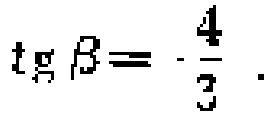
\(\operatorname{tg} \beta = - \frac{4}{3} \)